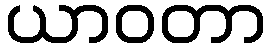
ယာဝတာ